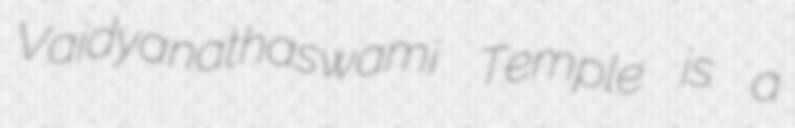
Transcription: Vaidyanathaswami Temple is a